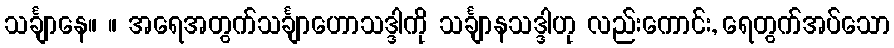
သင်္ချာနေ။ ။ အရေအတွက်သင်္ချာဟောသဒ္ဒါကို သင်္ချာနသဒ္ဒါဟု လည်းကောင်း, ရေတွက်အပ်သော